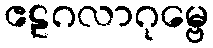
ဧဠဂလာဂုမ္ဗေ